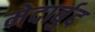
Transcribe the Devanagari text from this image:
मेदार्बुद